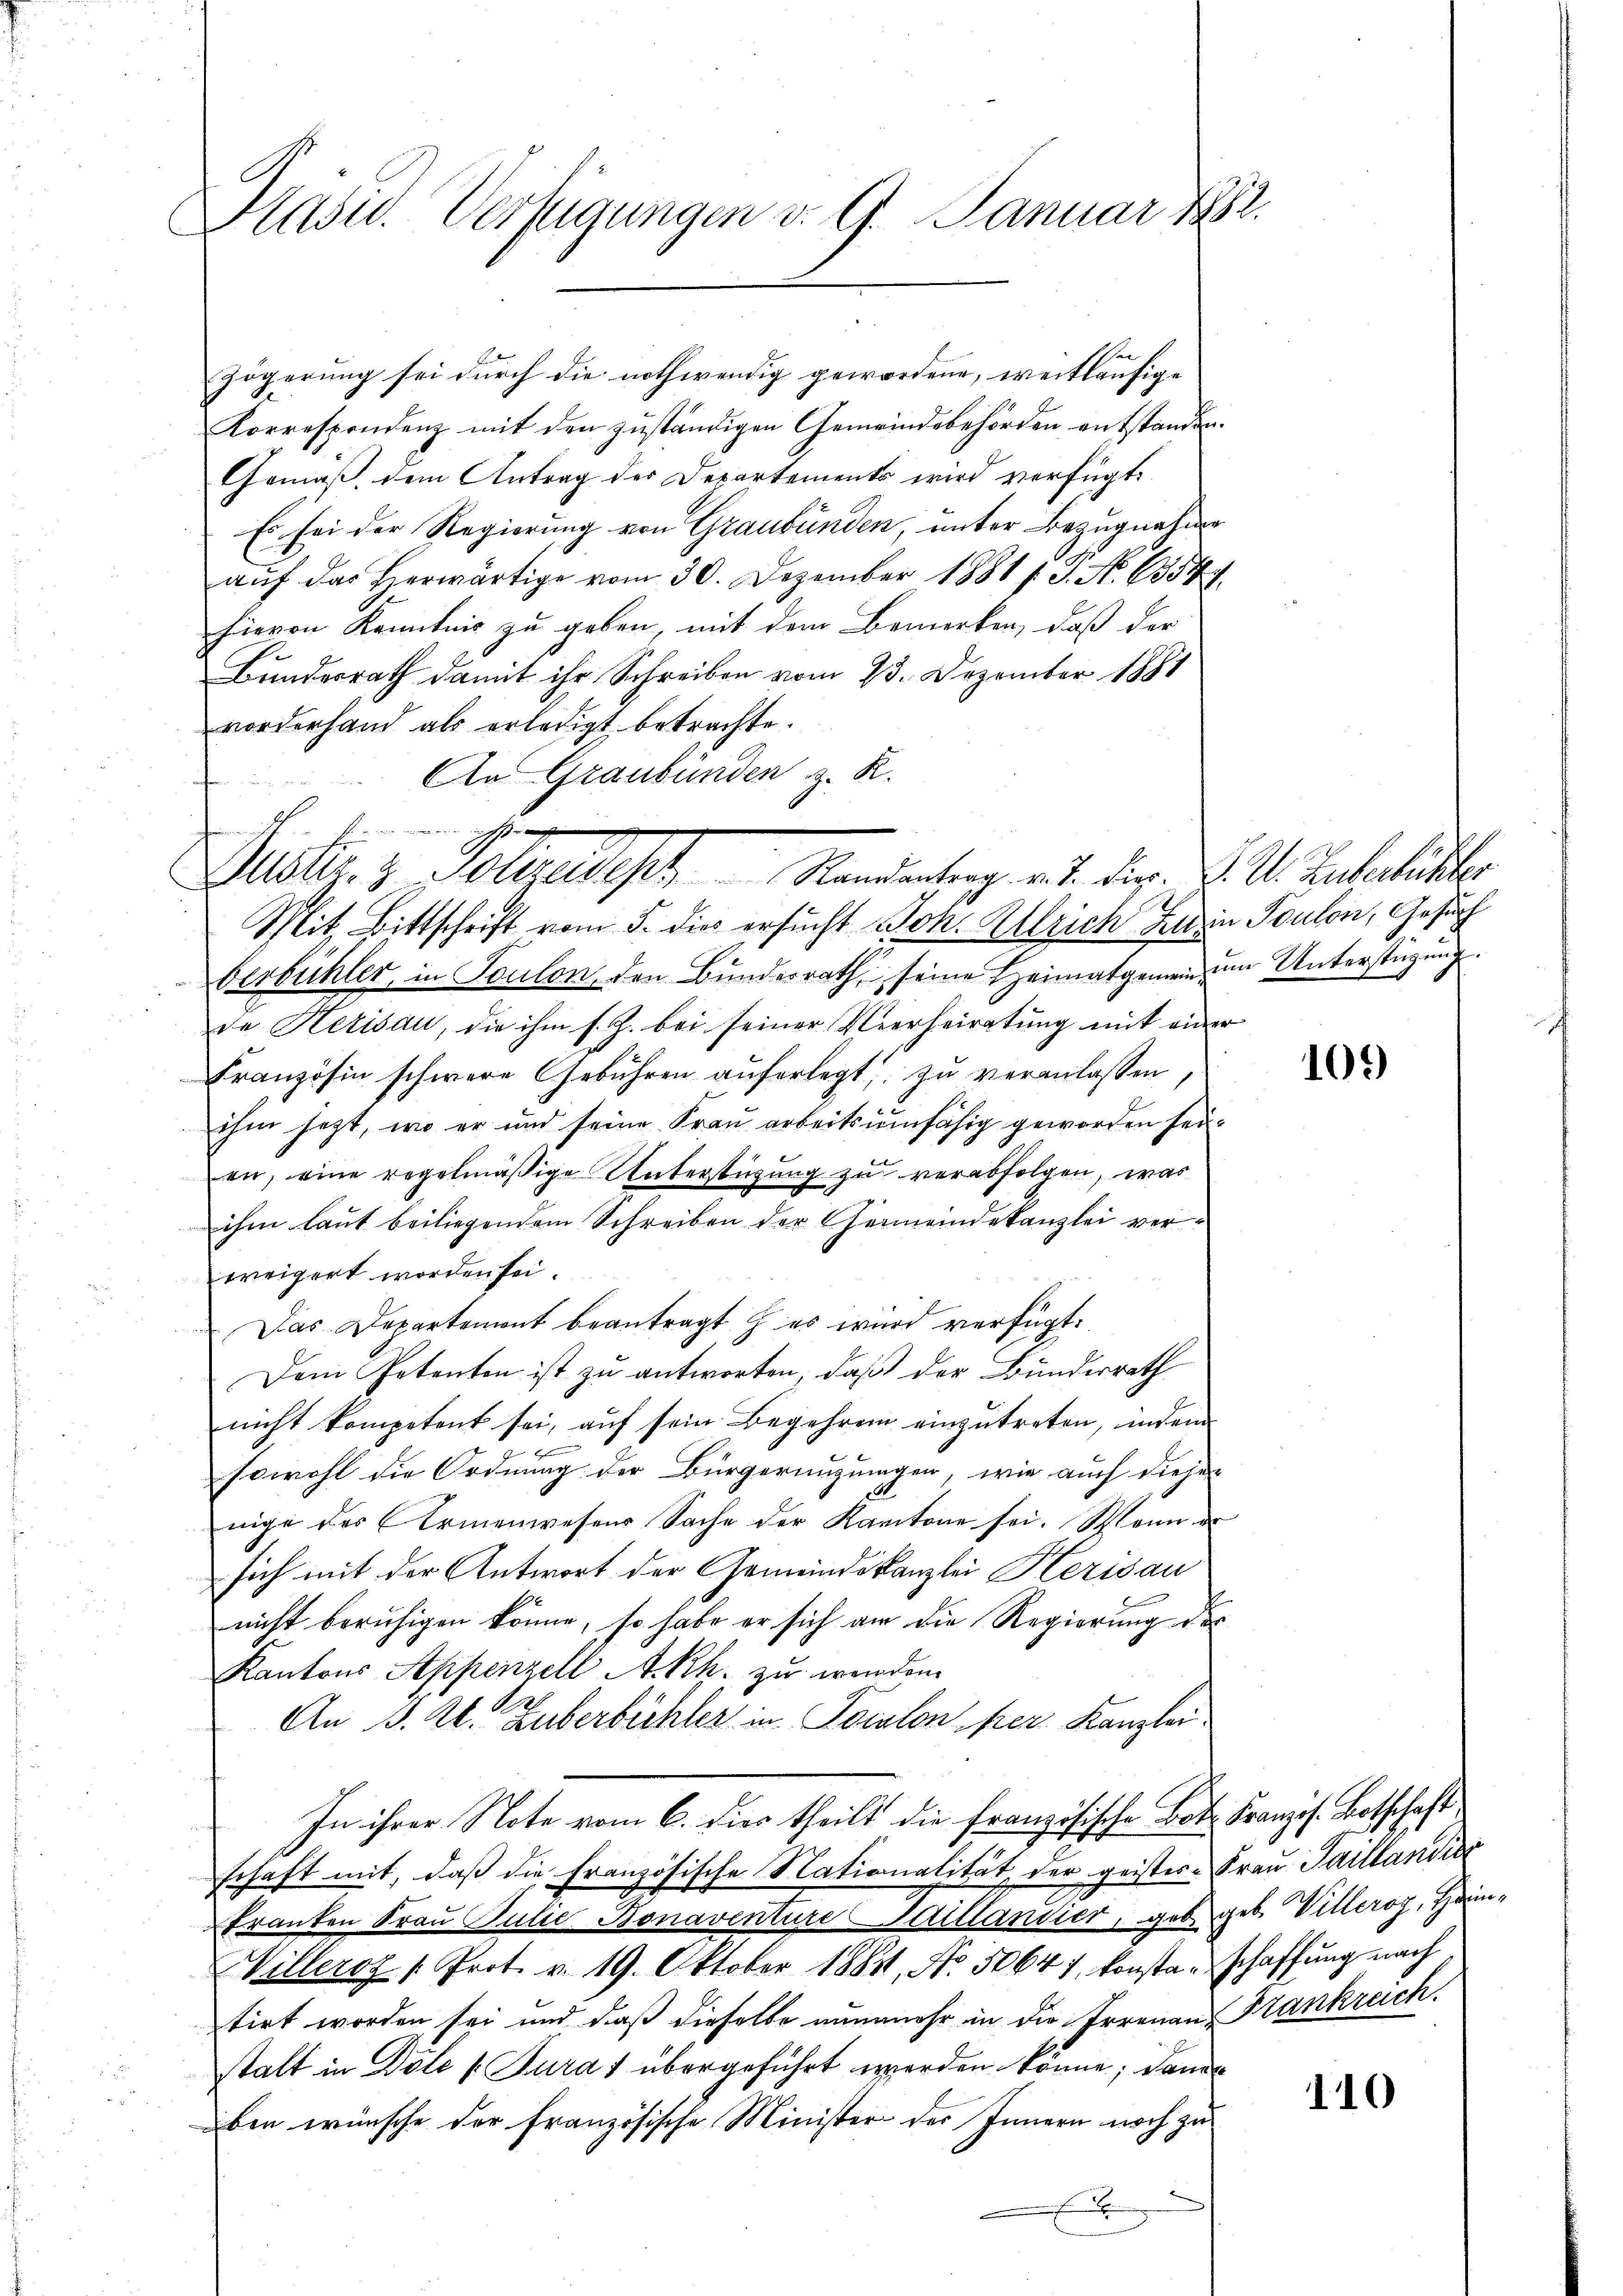
asu. Verfügungen v. 9. Januar 1882.

zögerung sei durch die nothwendig gewordene, weitläufige
Korrespondenz mit den zuständigen Gemeindebehörden entstanden.
Gemäß dem Antrag der Departements wird verfügt:
Es sei der Regierung von Graubünden, unter Bezugnahme
aŭf das herwärtige vom 30. Dezember 1881 f. P. Nr. 6554
hirvon Kenntnis zu geben, mit dem Bemerken, daß der
Bundesrath damit ihr Schreiben vom 23. Dezember 1881
vorderhand als erledigt betrachte.
An Graubünden z. R.

in wenn ich stehen
Justiz- & Polizeisept Randantrag v. J. Dier. K. A. Zuberlichter

Mit Bittschrift vom 5. dies ersucht Joh. Alleich Zuzin Toulon, Gesuch
berbühler, in Toulon den Bundesrath seine Heimatgemein um Unterstüzung.
de Herisau, die ihm s. Z. bei seiner Verrheiratung mit einer
Französin schwere Gebühren auferlegt, zu veranlassen
ihm jetzt, wo er und seine Frau arbeitsunfähig geworden sei.
en, eine regelmäßige Unterstüzung zu verabfolgen, was
ihm laut beiliegendem Schreiben der Gemeindekanzlei verweigert worden sei.
Das Departement beantragt es wird verfügt:
Dem Petenten ist zu antworten, daß der Bundesrath
nicht kompetent sei, auf sein Begehren einzutreten, indem
sowohl die Ordnung der Bürgeringungen, wie auch diejen
nige des Armenwesens Sache der Kantone sei. Wann er
sich mit der Antwort der Gemeindskanzlei Herisau
nicht beruhigen könne, so habe er sich an die Regierung der
Kantons Appenzell A.-Rh. zu werden.
.
An B. E. Huberbüchler in Poralon, per. Kanzlei
In ihrer Note vom 6. dies theilt die französische Bot. Franzis. Botschaft
Erhaft mit, daß die Französische Nationalität der geister Frau Saillandies
Franken Frau Julie Bonaventure Saitlandier, geb. geb. Villeroz, Heim¬
Willeroz /: Prot. v. 19. Oktober 1881, No. 50647, konstanschaffŭng nach
tirt worden sei und daß dieselbe nunmehr in die Irrenans Krankreich.
stalt in Dole [Turat übergeführt werden könne; dann
üben wünsche der französische Minister des Innern noch zu

101)

110